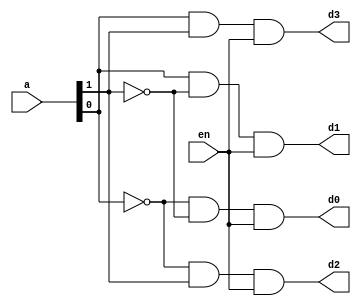
`timescale 1ns / 1ps
//////////////////////////////////////////////////////////////////////////////////
// Company: 
// Engineer: 
// 
// Design Name: 
// Module Name: decoder_2x4
// Project Name: 
// Target Devices: 
// Tool Versions: 
// Description: 
// 
// Dependencies: 
// 
// Revision:
// Revision 0.01 - File Created
// Additional Comments:
// 
//////////////////////////////////////////////////////////////////////////////////


module decoder_2x4(d0,d1,d2,d3,a,en);
input en;
input [1:0]a;
output d0,d1,d2,d3;
assign d0= ~a[0] & ~a[1] & en;
assign d2= ~a[0] & a[1] & en;
assign d1= a[0] & ~a[1] & en;
assign d3= a[0] & a[1] & en;
endmodule